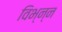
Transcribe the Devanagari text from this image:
विभ्न्न